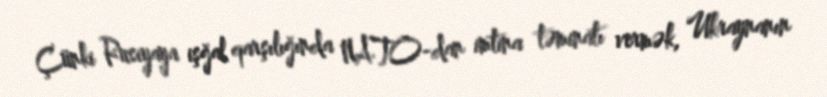
Çünki Rusiyaya işğal qarşılığında NATO-dan imtina təminatı vermək, Ukraynanın